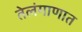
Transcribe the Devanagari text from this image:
तेलंगाणात